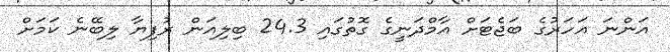
އަންނަ އަހަރުގެ ބަޖެޓަށް އާމްދަނީގެ ގޮތުގައި 24.3 ބިލިއަން ރުފިޔާ ލިބޭނެ ކަމަށް